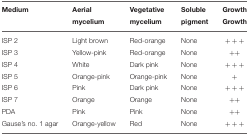
| Medium | Aerial mycelium | Vegetative mycelium | Soluble pigment | Growth Growth |
 | --- | --- | --- | --- | --- |
 | ISP 2 | Light brown | Red-orange | None | +++ |
 | ISP 3 | Yellow-pink | Red-orange | None | ++ |
 | ISP 4 | White | Dark pink | None | +++ |
 | ISP 5 | Orange-pink | Orange-pink | None | + |
 | ISP 6 | Pink | Dark pink | None | +++ |
 | ISP 7 | Orange | Orange | None | ++ |
 | PDA | Pink | Pink | None | ++ |
 | Gause's no. 1 agar | Orange-yellow | Red | None | +++ |